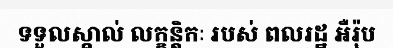
ទទួលស្គាល់ លក្ខន្តិកៈ របស់ ពលរដ្ឋ អឺរ៉ុប